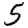
Digit: 5